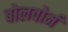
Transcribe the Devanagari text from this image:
बोलवोर्म